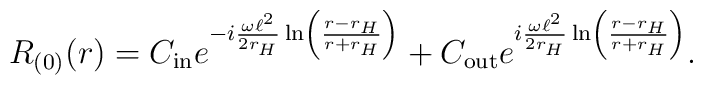
R_{(0)}(r) = C_{{\rm in}} e^{-i\frac{\omega \ell^2}{2 r_{H}} \ln  \left(\frac{r-r_{H}}{r+r_{H}}\right)} + C_{{\rm out}} e^{i\frac{\omega \ell^2}{2 r_{H}} \ln  \left(\frac{r-r_{H}}{r+r_{H}}\right)}.